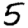
Digit: 5